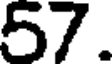
57.